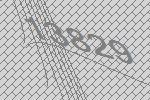
13829